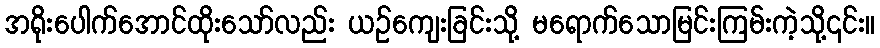
အရိုးပေါက်အောင်ထိုးသော်လည်း ယဉ်ကျေးခြင်းသို့ မရောက်သောမြင်းကြမ်းကဲ့သို့၎င်း။